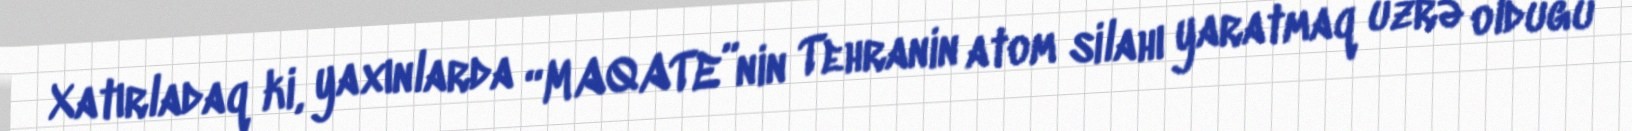
Xatırladaq ki, yaxınlarda “MAQATE”nin Tehranin atom silahı yaratmaq üzrə olduğu